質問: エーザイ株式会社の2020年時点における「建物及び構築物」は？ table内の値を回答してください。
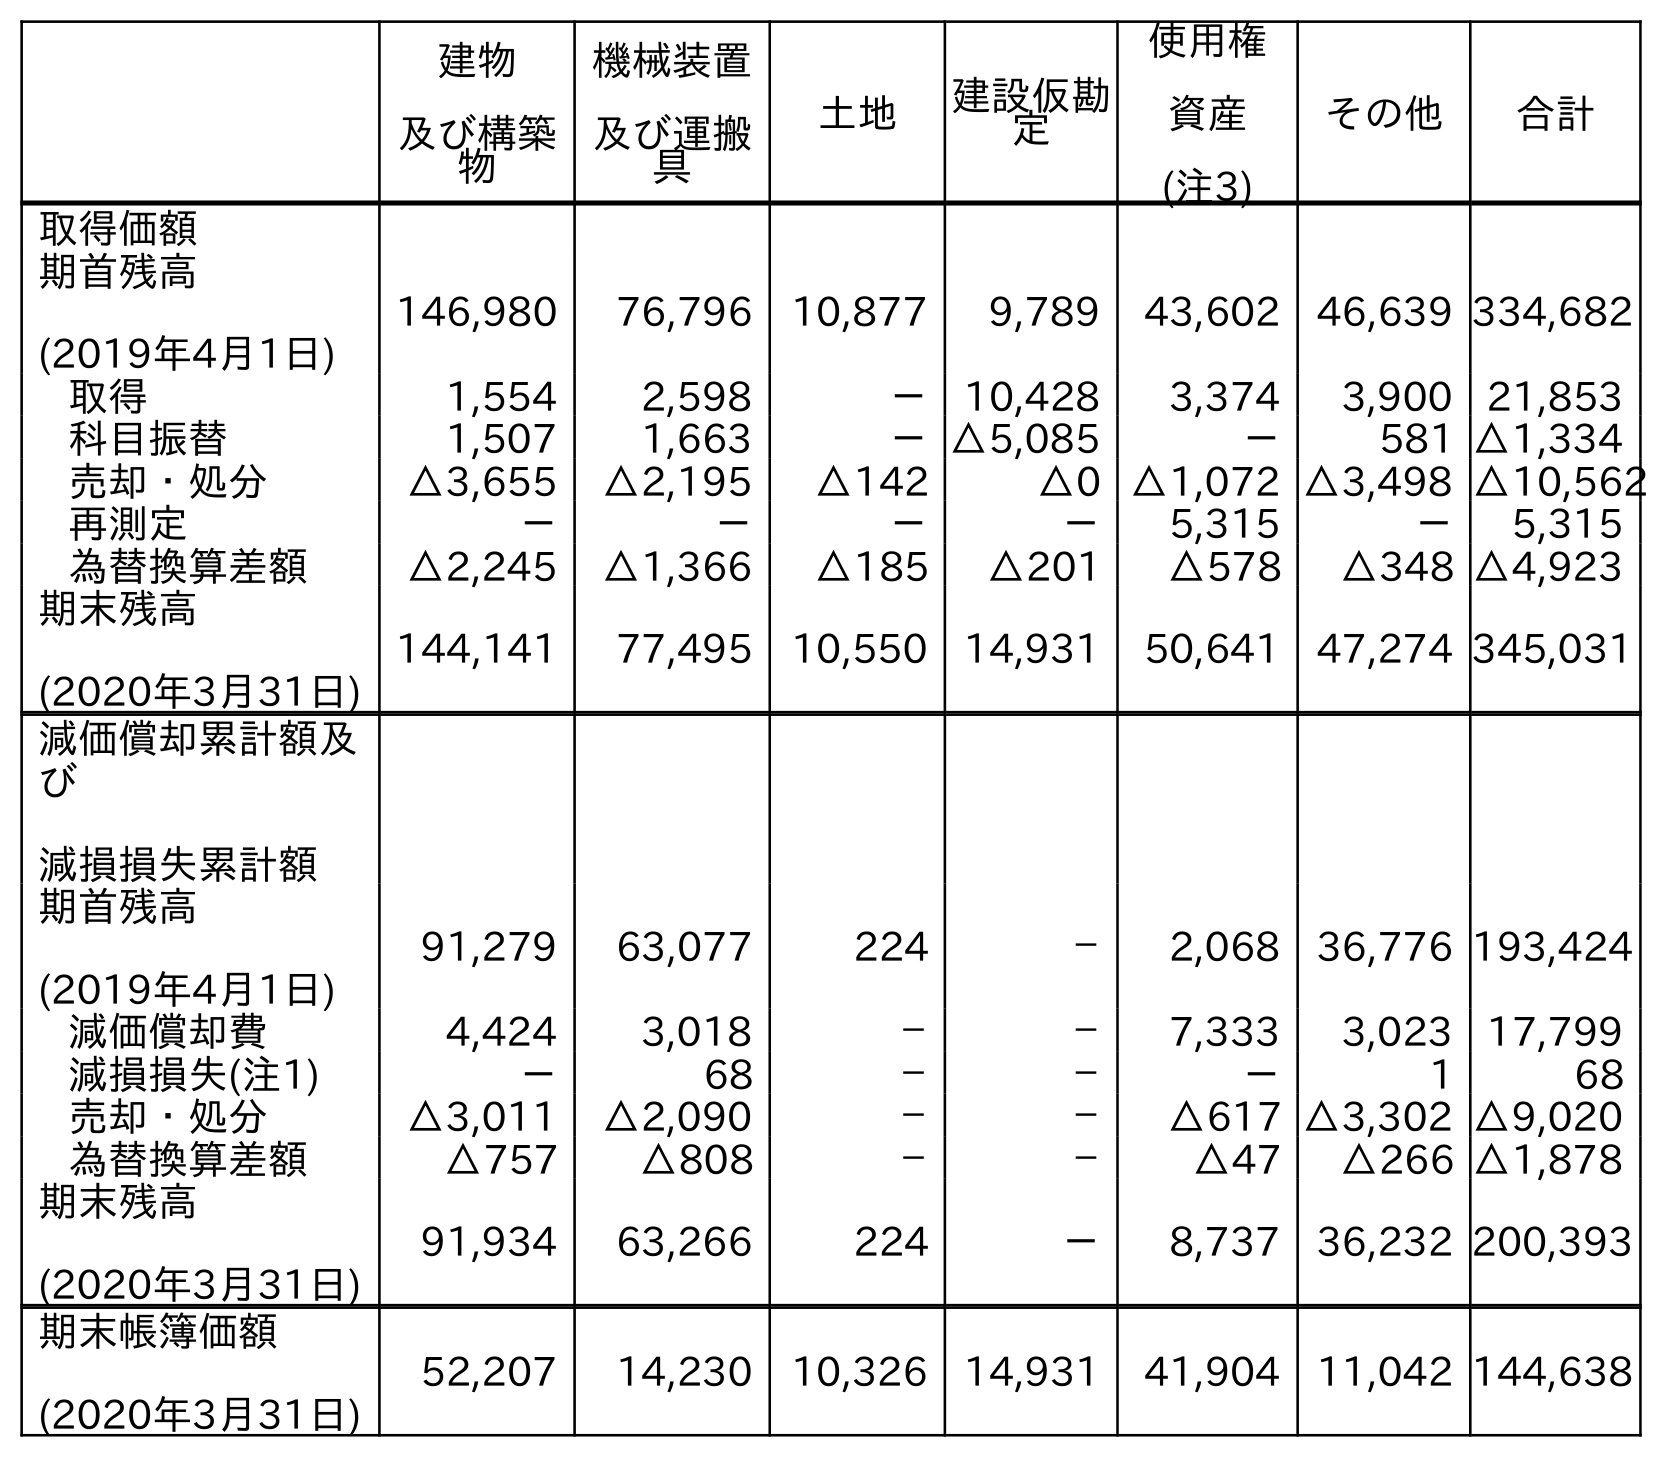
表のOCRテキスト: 建物 及び構築 物 機械装置 及び運搬 具 土地 建設仮勘 定 使用権 資産 (注3) その他 合計 取得価額 期首残高 (2019年4月1日) 146,980 76,796 10,877 9,789 43,602 46,639 334,682 取得 1,554 2,598 － 10,428 3,374 3,900 21,853 科目振替 1,507 1,663 －△5,085 － 581 △1,334 売却・処分 △3,655 △2,195 △142 △0 △1,072 △3,498 △10,562 再測定 － － － － 5,315 － 5,315 為替換算差額 △2,245 △1,366 △185 △201 △578 △348 △4,923 期末残高 (2020年3月31日) 144,141 77,495 10,550 14,931 50,641 47,274 345,031 減価償却累計額及 び 減損損失累計額 期首残高 (2019年4月1日) 91,279 63,077 224 － 2,068 36,776 193,424 減価償却費 4,424 3,018 － － 7,333 3,023 17,799 減損損失(注1) － 68 － － － 1 68 売却・処分 △3,011 △2,090 － － △617 △3,302 △9,020 為替換算差額 △757 △808 － － △47 △266 △1,878 期末残高 (2020年3月31日) 91,934 63,266 224 － 8,737 36,232 200,393 期末帳簿価額 (2020年3月31日) 52,207 14,230 10,326 14,931 41,904 11,042 144,638
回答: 52,207